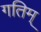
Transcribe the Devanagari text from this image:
गतिम्